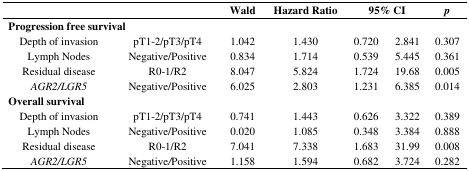
<table><thead><tr><td></td><td></td><td><b>Wald</b></td><td><b>Hazard Ratio</b></td><td colspan="2"><b>95% CI</b></td><td><b><i>p</i></b></td></tr></thead><tbody><tr><td colspan="7"><b>Progression free survival</b></td></tr><tr><td>Depth of invasion</td><td>pT1<b>–</b>2/pT3/pT4</td><td>1.042</td><td>1.430</td><td>0.720</td><td>2.841</td><td>0.307</td></tr><tr><td>Lymph Nodes</td><td>Negative/Positive</td><td>0.834</td><td>1.714</td><td>0.539</td><td>5.445</td><td>0.361</td></tr><tr><td>Residual disease</td><td>R0<b>–</b>1/R2</td><td>8.047</td><td>5.824</td><td>1.724</td><td>19.68</td><td>0.005</td></tr><tr><td><i>AGR2/LGR5</i></td><td>Negative/Positive</td><td>6.025</td><td>2.803</td><td>1.231</td><td>6.385</td><td>0.014</td></tr><tr><td colspan="7"><b>Overall survival</b></td></tr><tr><td>Depth of invasion</td><td>pT1<b>–</b>2/pT3/pT4</td><td>0.741</td><td>1.443</td><td>0.626</td><td>3.322</td><td>0.389</td></tr><tr><td>Lymph Nodes</td><td>Negative/Positive</td><td>0.020</td><td>1.085</td><td>0.348</td><td>3.384</td><td>0.888</td></tr><tr><td>Residual disease</td><td>R0<b>–</b>1/R2</td><td>7.041</td><td>7.338</td><td>1.683</td><td>31.99</td><td>0.008</td></tr><tr><td><i>AGR2/LGR5</i></td><td>Negative<i>/</i>Positive</td><td>1.158</td><td>1.594</td><td>0.682</td><td>3.724</td><td>0.282</td></tr></tbody></table>